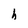
Character: h